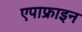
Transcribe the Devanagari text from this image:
एपाफ्राइन